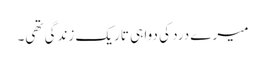
میرے درد کی دوا ہی تاریک زندگی تھی۔